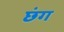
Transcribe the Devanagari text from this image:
छंग